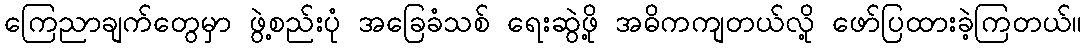
ကြေညာချက်တွေမှာ ဖွဲ့စည်းပုံ အခြေခံသစ် ရေးဆွဲဖို့ အဓိကကျတယ်လို့ ဖော်ပြထားခဲ့ကြတယ်။